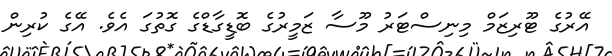
އޭރުގެ ޓޫރިޒަމް މިނިސްޓަރު މޫސާ ޒަމީރުގެ ބޮޑީގާޑްގެ ގޮތުގަ އެވެ. އޭގެ ކުރިން